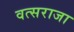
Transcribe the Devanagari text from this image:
वत्सराजा